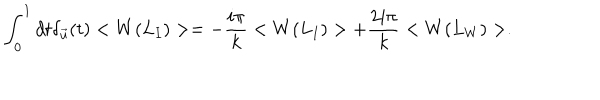
\int _ { 0 } ^ { 1 } d t \delta _ { \vec { u } } ( t ) < W ( L _ { I } ) > = - { \frac { i \pi } { k } } < W ( L _ { I } ) > + { \frac { 2 i \pi } { k } } < W ( L _ { W } ) > .